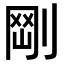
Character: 𠝾